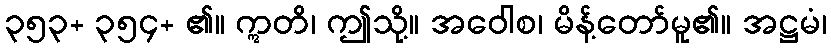
၃၅၃+ ၃၅၄+ ၏။ ဣတိ၊ ဤသို့။ အဝေါစ၊ မိန့်တော်မူ၏။ အဋ္ဌမံ၊